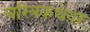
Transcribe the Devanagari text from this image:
चरित्रकथेवर